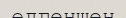
өлгеншен